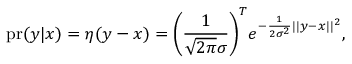
\mathrm { p r } ( y | x ) = \eta ( y - x ) = \bigg ( \frac { 1 } { \sqrt { 2 \pi } \sigma } \bigg ) ^ { T } e ^ { - \frac { 1 } { 2 \sigma ^ { 2 } } | | y - x | | ^ { 2 } } ,